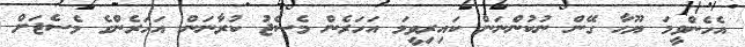
އެހެންވީމަ ޔޫހާ ގޭން ނުކުންނަން ކައިރިވީމަ އަހަރެން މެސެޖު ކުރާނަން އަހަރެންގެ މެސެޖަށް